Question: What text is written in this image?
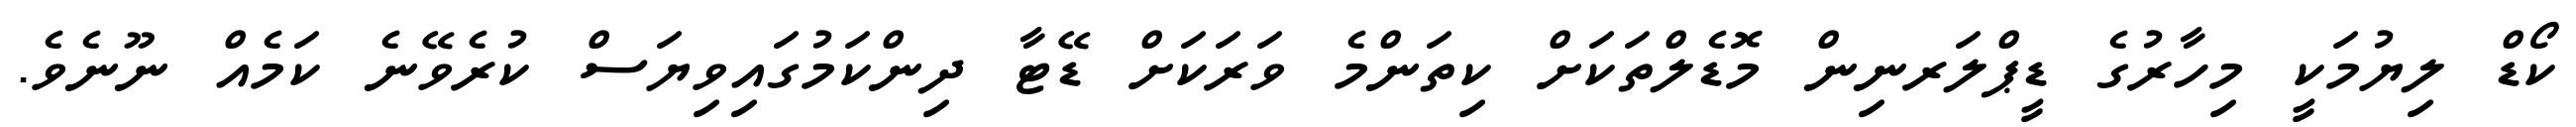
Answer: ކޯޑް ލިޔުމަކީ މިހާރުގެ ޑީޕްލަރނިން މޮޑެލްތަކަށް ކިތަންމެ ވަރަކަށް ޑޭޓާ ދިންކަމުގައިވިޔަސް ކުރެވޭނެ ކަމެއް ނޫނެވެ.